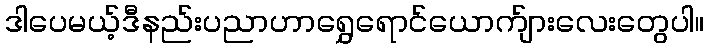
ဒါပေမယ့်ဒီနည်းပညာဟာရွှေရောင်ယောက်ျားလေးတွေပါ။